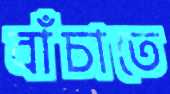
বাঁচাতে